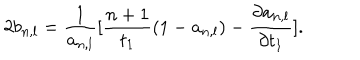
2 b _ { n , l } = \frac { 1 } { a _ { n , l } } [ \frac { n + 1 } { t _ { 1 } } ( 1 - a _ { n , l } ) - \frac { \partial a _ { n , l } } { \partial t _ { 1 } } ] .